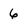
Character: 6